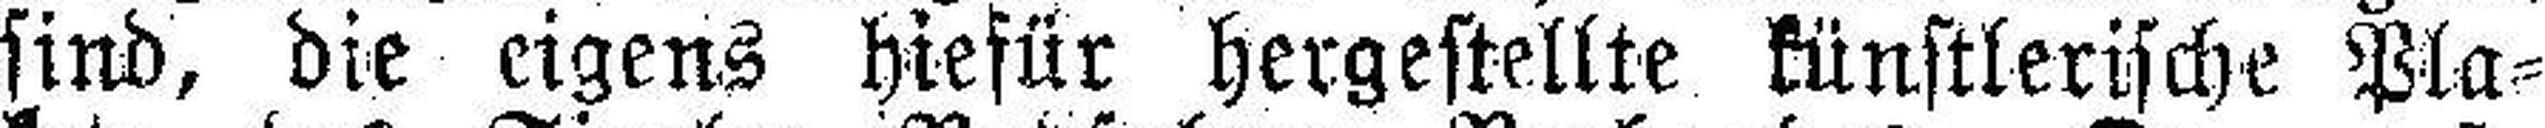
sind, die eigens hiefür hergestellte künstlerische Pla¬